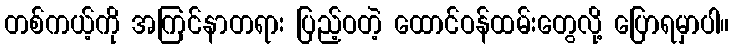
တစ်ကယ့်ကို အကြင်နာတရား ပြည့်ဝတဲ့ ထောင်ဝန်ထမ်းတွေလို့ ပြောရမှာပါ။